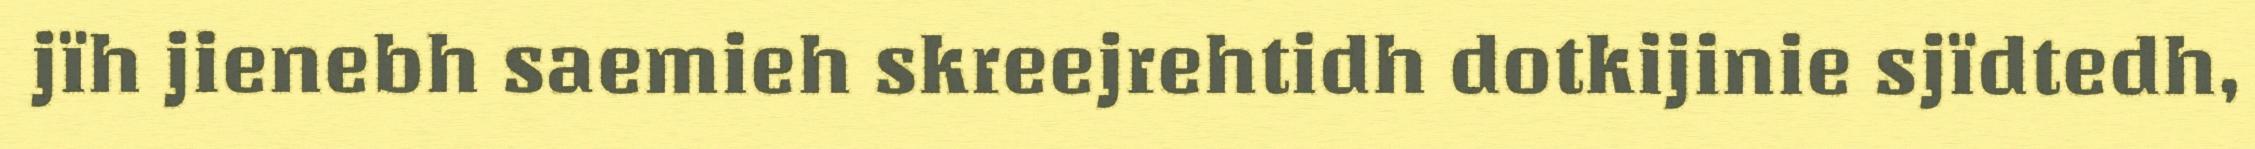
jïh jienebh saemieh skreejrehtidh dotkijinie sjïdtedh,